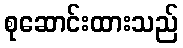
စုဆောင်းထားသည်